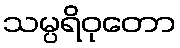
သမ္ပရိဝုတော